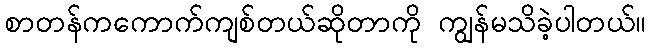
စာတန်ကကောက်ကျစ်တယ်ဆိုတာကို ကျွန်မသိခဲ့ပါတယ်။